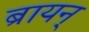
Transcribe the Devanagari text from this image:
ब्रायन्